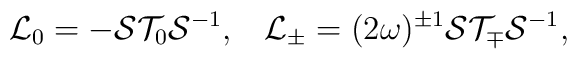
{\cal L}_{0}=-{\cal S}{\cal T}_{0}{\cal S}^{-1},\;\;\;	{\cal L}_{\pm}=(2\omega)^{\pm 1}{\cal S}{\cal T}_{\mp}{\cal S}^{-1} ,